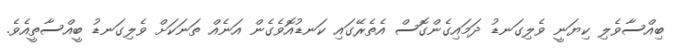
ބިއްސާވެލި ކިޔަނީ ވެލިގަނޑު ދަމައިގެންގޮސް އެތެރޭގައި ކަނޑުއޮވެގެން އަނެއް ތަނަކަށް ވެލިގަނޑު ބީއްސާތީއެވެ.